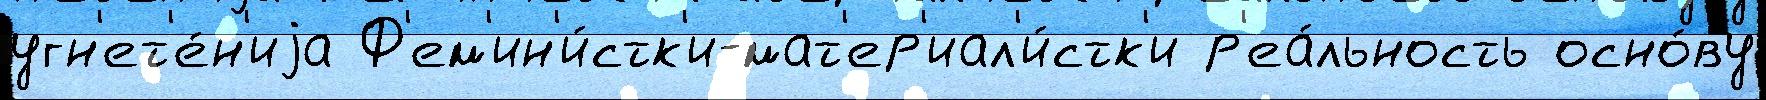
угн'ет'е́н'иjа Ф'ем'ин'и́стк'и-мат'ер'иал'и́стк'и р'еа́льность осно́ву